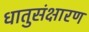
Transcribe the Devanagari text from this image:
धातुसंक्षारण